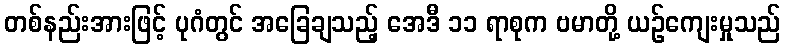
တစ်နည်းအားဖြင့် ပုဂံတွင် အခြေချသည့် အေဒီ ၁၁ ရာစုက ဗမာတို့ ယဉ်ကျေးမှုသည်